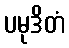
ပမုဒိတံ